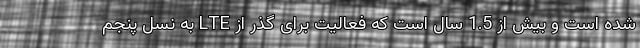
شده است و بیش از 1.5 سال است که فعالیت برای گذر از LTE به نسل پنجم